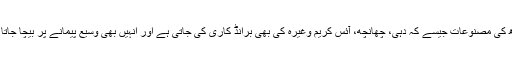
دودھ کی مصنوعات جیسے کہ دہی، چھانچھ، آئس کریم وغیرہ کی بھی برانڈ کاری کی جاتی ہے اور انہیں بھی وسیع پیمانے پر بیچا جاتا ہے۔